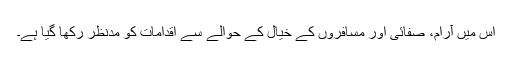
اس میں آرام، صفائی اور مسافروں کے خیال کے حوالے سے اقدامات کو مدنظر رکھا گیا ہے۔